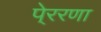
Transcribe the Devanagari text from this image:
पे्ररणा